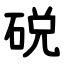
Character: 䂱